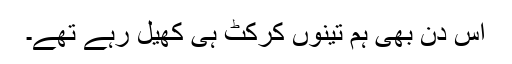
اس دن بھی ہم تینوں کرکٹ ہی کھیل رہے تھے۔